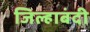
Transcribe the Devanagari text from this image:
जिल्हाबंदी